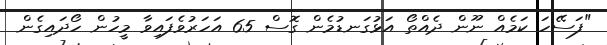
"ފަސޭހަ ކަމެއް ނޫން ދެއްތޯ އަޅުގަނޑުމެން ގޮސް 65 އަހަރުވެފައިވާ މީހުން ހޯދައިގެން